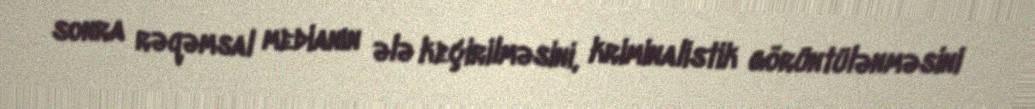
sonra rəqəmsal medianın ələ keçirilməsini, kriminalistik görüntülənməsini